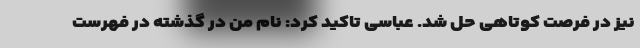
نیز در فرصت کوتاهی حل شد. عباسی تاکید کرد: نام من در گذشته در فهرست